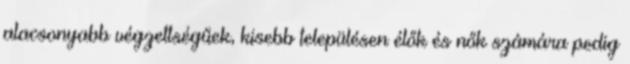
alacsonyabb végzettségűek, kisebb településen élők és nők számára pedig